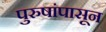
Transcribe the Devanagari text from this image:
पुरुषांपासून